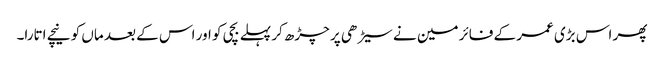
پھر اس بڑی عمر کے فائر مین نے سیڑھی پر چڑھ کر پہلے بچی کو اور اس کے بعد ماں کو نیچے اتارا۔